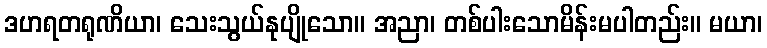
ဒဟရတရုဏိယာ၊ သေးသွယ်နုပျိုသော။ အညာ၊ တစ်ပါးသောမိန်းမပါတည်း။ မယာ၊